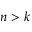
n > k